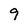
Character: 9